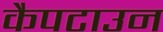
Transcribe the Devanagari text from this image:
कैपटाउन